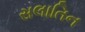
સલાતિન